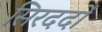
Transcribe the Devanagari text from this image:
सिरदर्दों